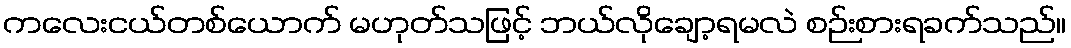
ကလေးငယ်တစ်ယောက် မဟုတ်သဖြင့် ဘယ်လိုချော့ရမလဲ စဉ်းစားရခက်သည်။